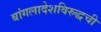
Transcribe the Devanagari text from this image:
बांगलादेशविरुद्धची